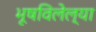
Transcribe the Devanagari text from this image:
भूषविलेल्‍या